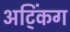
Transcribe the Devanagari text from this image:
अट्किंग